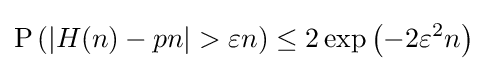
\operatorname {P} \left(|H(n)-pn|>\varepsilon n\right)\leq 2\exp \left(-2\varepsilon ^{2}n\right)